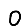
Digit: 0